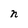
Character: n